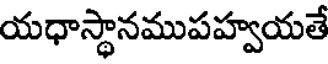
యధాస్థానముపహ్వయతే